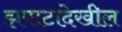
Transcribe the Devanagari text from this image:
झपाटादेखील